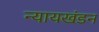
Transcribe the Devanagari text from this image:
न्यायखंडन